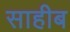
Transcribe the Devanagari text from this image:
साहीब